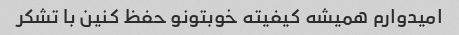
امیدوارم همیشه کیفیته خوبتونو حفظ کنین با تشکر